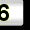
Digit: 3